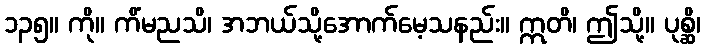
၁၃၅။ ကို။ ကိံမညသိ၊ အဘယ်သို့အောက်မေ့သနည်း။ ဣတိ၊ ဤသို့။ ပုစ္ဆိ၊